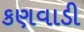
કણવાડી